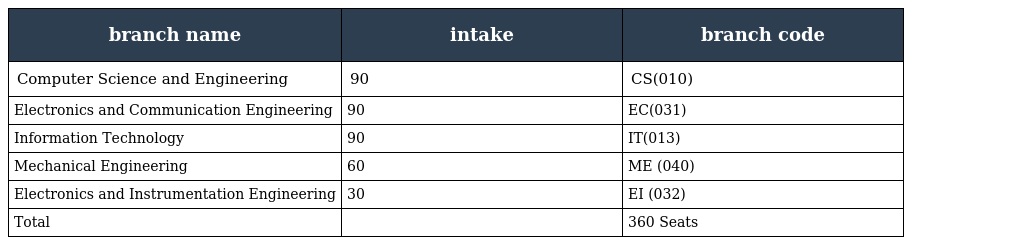
| branch name | intake | branch code |
 | --- | --- | --- |
 | Computer Science and Engineering | 90 | CS(010) |
 | Electronics and Communication Engineering | 90 | EC(031) |
 | Information Technology | 90 | IT(013) |
 | Mechanical Engineering | 60 | ME (040) |
 | Electronics and Instrumentation Engineering | 30 | EI (032) |
 | Total |  | 360 Seats |